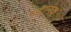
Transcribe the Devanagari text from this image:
पेडैलिया